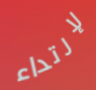
لإرتداء